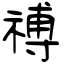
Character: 禣